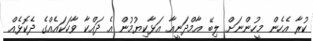
ކުރާ އެހެން މީހުންނަށް ލިބޭ އާމްދަނީއާ އަޅާކިޔުމުން އެ ދައްކާ ވާހަކައެއްގެ ދެކޮޅެއް